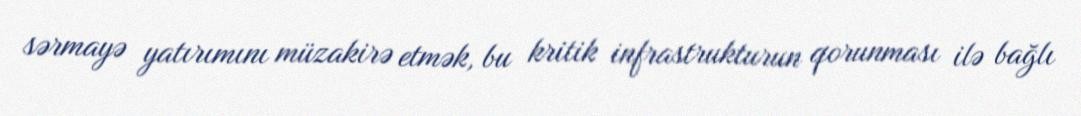
sərmayə yatırımını müzakirə etmək, bu kritik infrastrukturun qorunması ilə bağlı